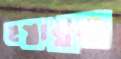
হস্তান্তর